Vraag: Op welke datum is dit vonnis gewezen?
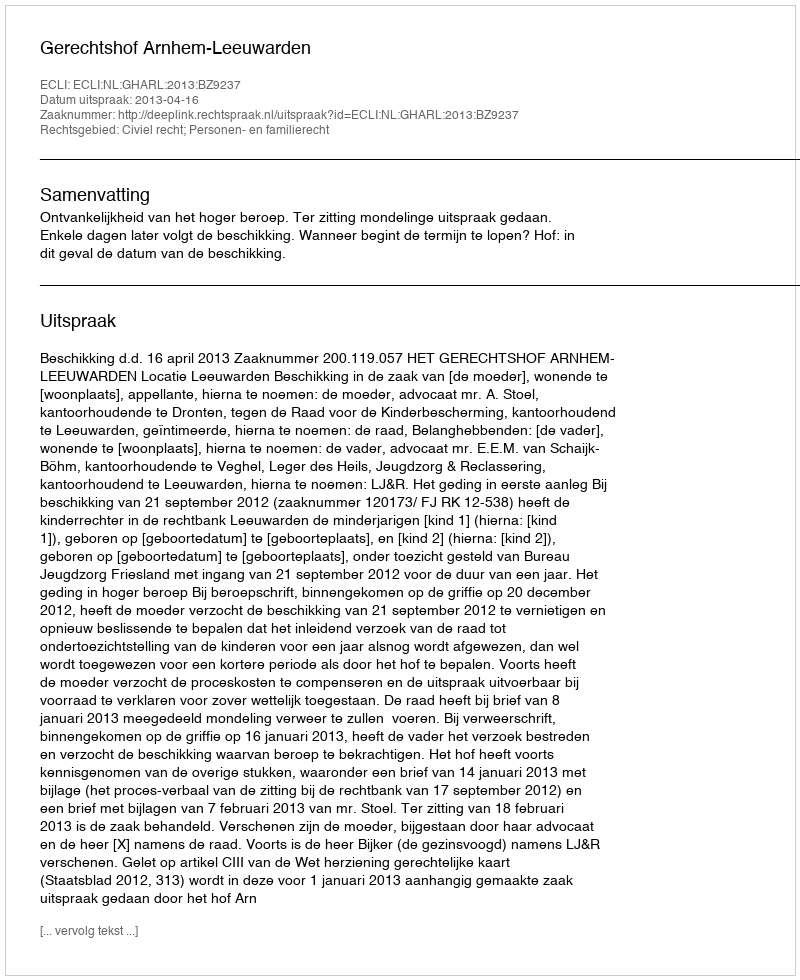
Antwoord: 2013-04-16